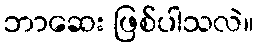
ဘာဆေး ဖြစ်ပါသလဲ။